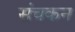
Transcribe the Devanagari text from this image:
संचकन